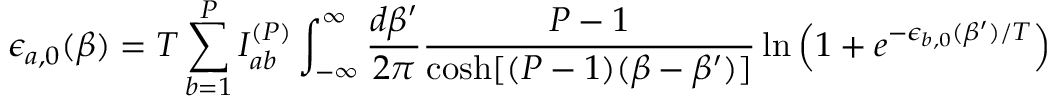
\epsilon _ { a , 0 } ( \beta ) = T \sum _ { b = 1 } ^ { P } { \cal I } _ { a b } ^ { ( P ) } \int _ { - \infty } ^ { \infty } \frac { d \beta ^ { \prime } } { 2 \pi } \frac { P - 1 } { \cosh [ ( P - 1 ) ( \beta - \beta ^ { \prime } ) ] } \ln \left( 1 + e ^ { - \epsilon _ { b , 0 } ( \beta ^ { \prime } ) / T } \right)